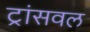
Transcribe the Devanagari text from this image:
ट्रांसवल